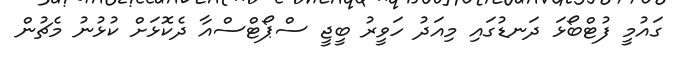
ގައުމީ ފުޓްބޯޅަ ދަނޑުގައި މިއަދު ހަވީރު ބީޖީ ސްޕޯޓްސްއާ ދެކޮޅަށް ކުޅުނު މެޗުން